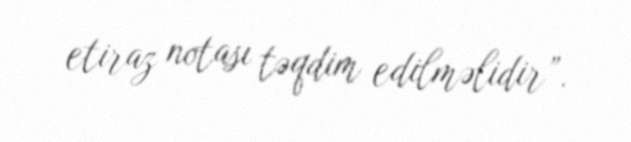
etiraz notası təqdim edilməlidir”.